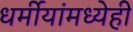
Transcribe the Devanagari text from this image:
धर्मीयांमध्येही